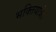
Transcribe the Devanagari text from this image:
भक्तियात्रेत